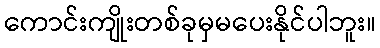
ကောင်းကျိုးတစ်ခုမှမပေးနိုင်ပါဘူး။